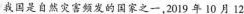
我国是自然灾害频发的国家之一，2019年10月12